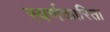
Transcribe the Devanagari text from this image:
स्वर्णकारिता